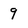
Character: 9